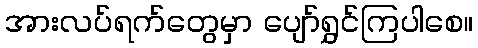
အားလပ်ရက်တွေမှာ ပျော်ရွှင်ကြပါစေ။